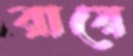
রায়ে